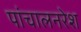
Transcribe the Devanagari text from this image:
पांचालनरेश